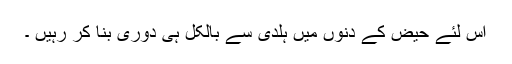
اس لئے حیض کے دنوں میں ہلدی سے بالکل ہی دوری بنا کر رہیں ۔